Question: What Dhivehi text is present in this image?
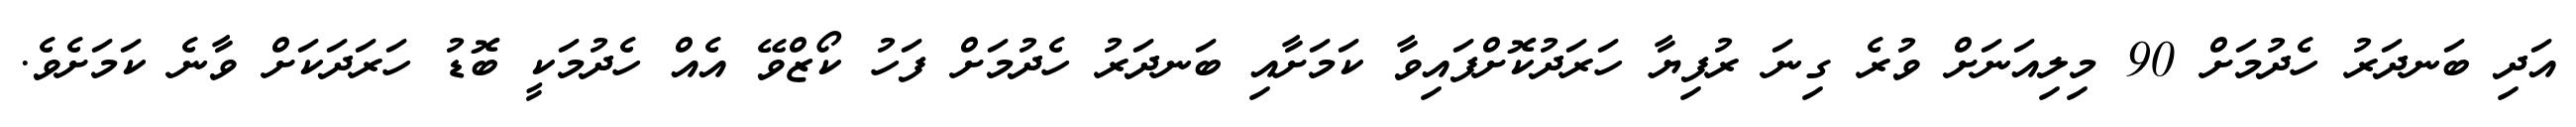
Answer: އަދި ބަނދަރު ހެދުމަށް 90 މިލިއަނަށް ވުރެ ގިނަ ރުފިޔާ ހަރަދުކޮށްފައިވާ ކަމަށާއި ބަނދަރު ހެދުމަށް ފަހު ކޯޒްވޭ އެއް ހެދުމަކީ ބޮޑު ހަރަދަކަށް ވާނެ ކަމަށެވެ.